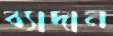
ব্যাদান